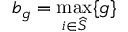
b _ { g } = \operatorname* { m a x } _ { i \in \widehat { S } } \{ g \}